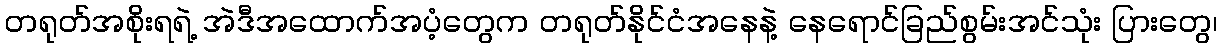
တရုတ်အစိုးရရဲ့ အဲဒီအထောက်အပံ့တွေက တရုတ်နိုင်ငံအနေနဲ့ နေရောင်ခြည်စွမ်းအင်သုံး ပြားတွေ၊